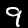
Digit: 9